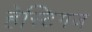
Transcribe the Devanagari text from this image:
हेस्टिगज